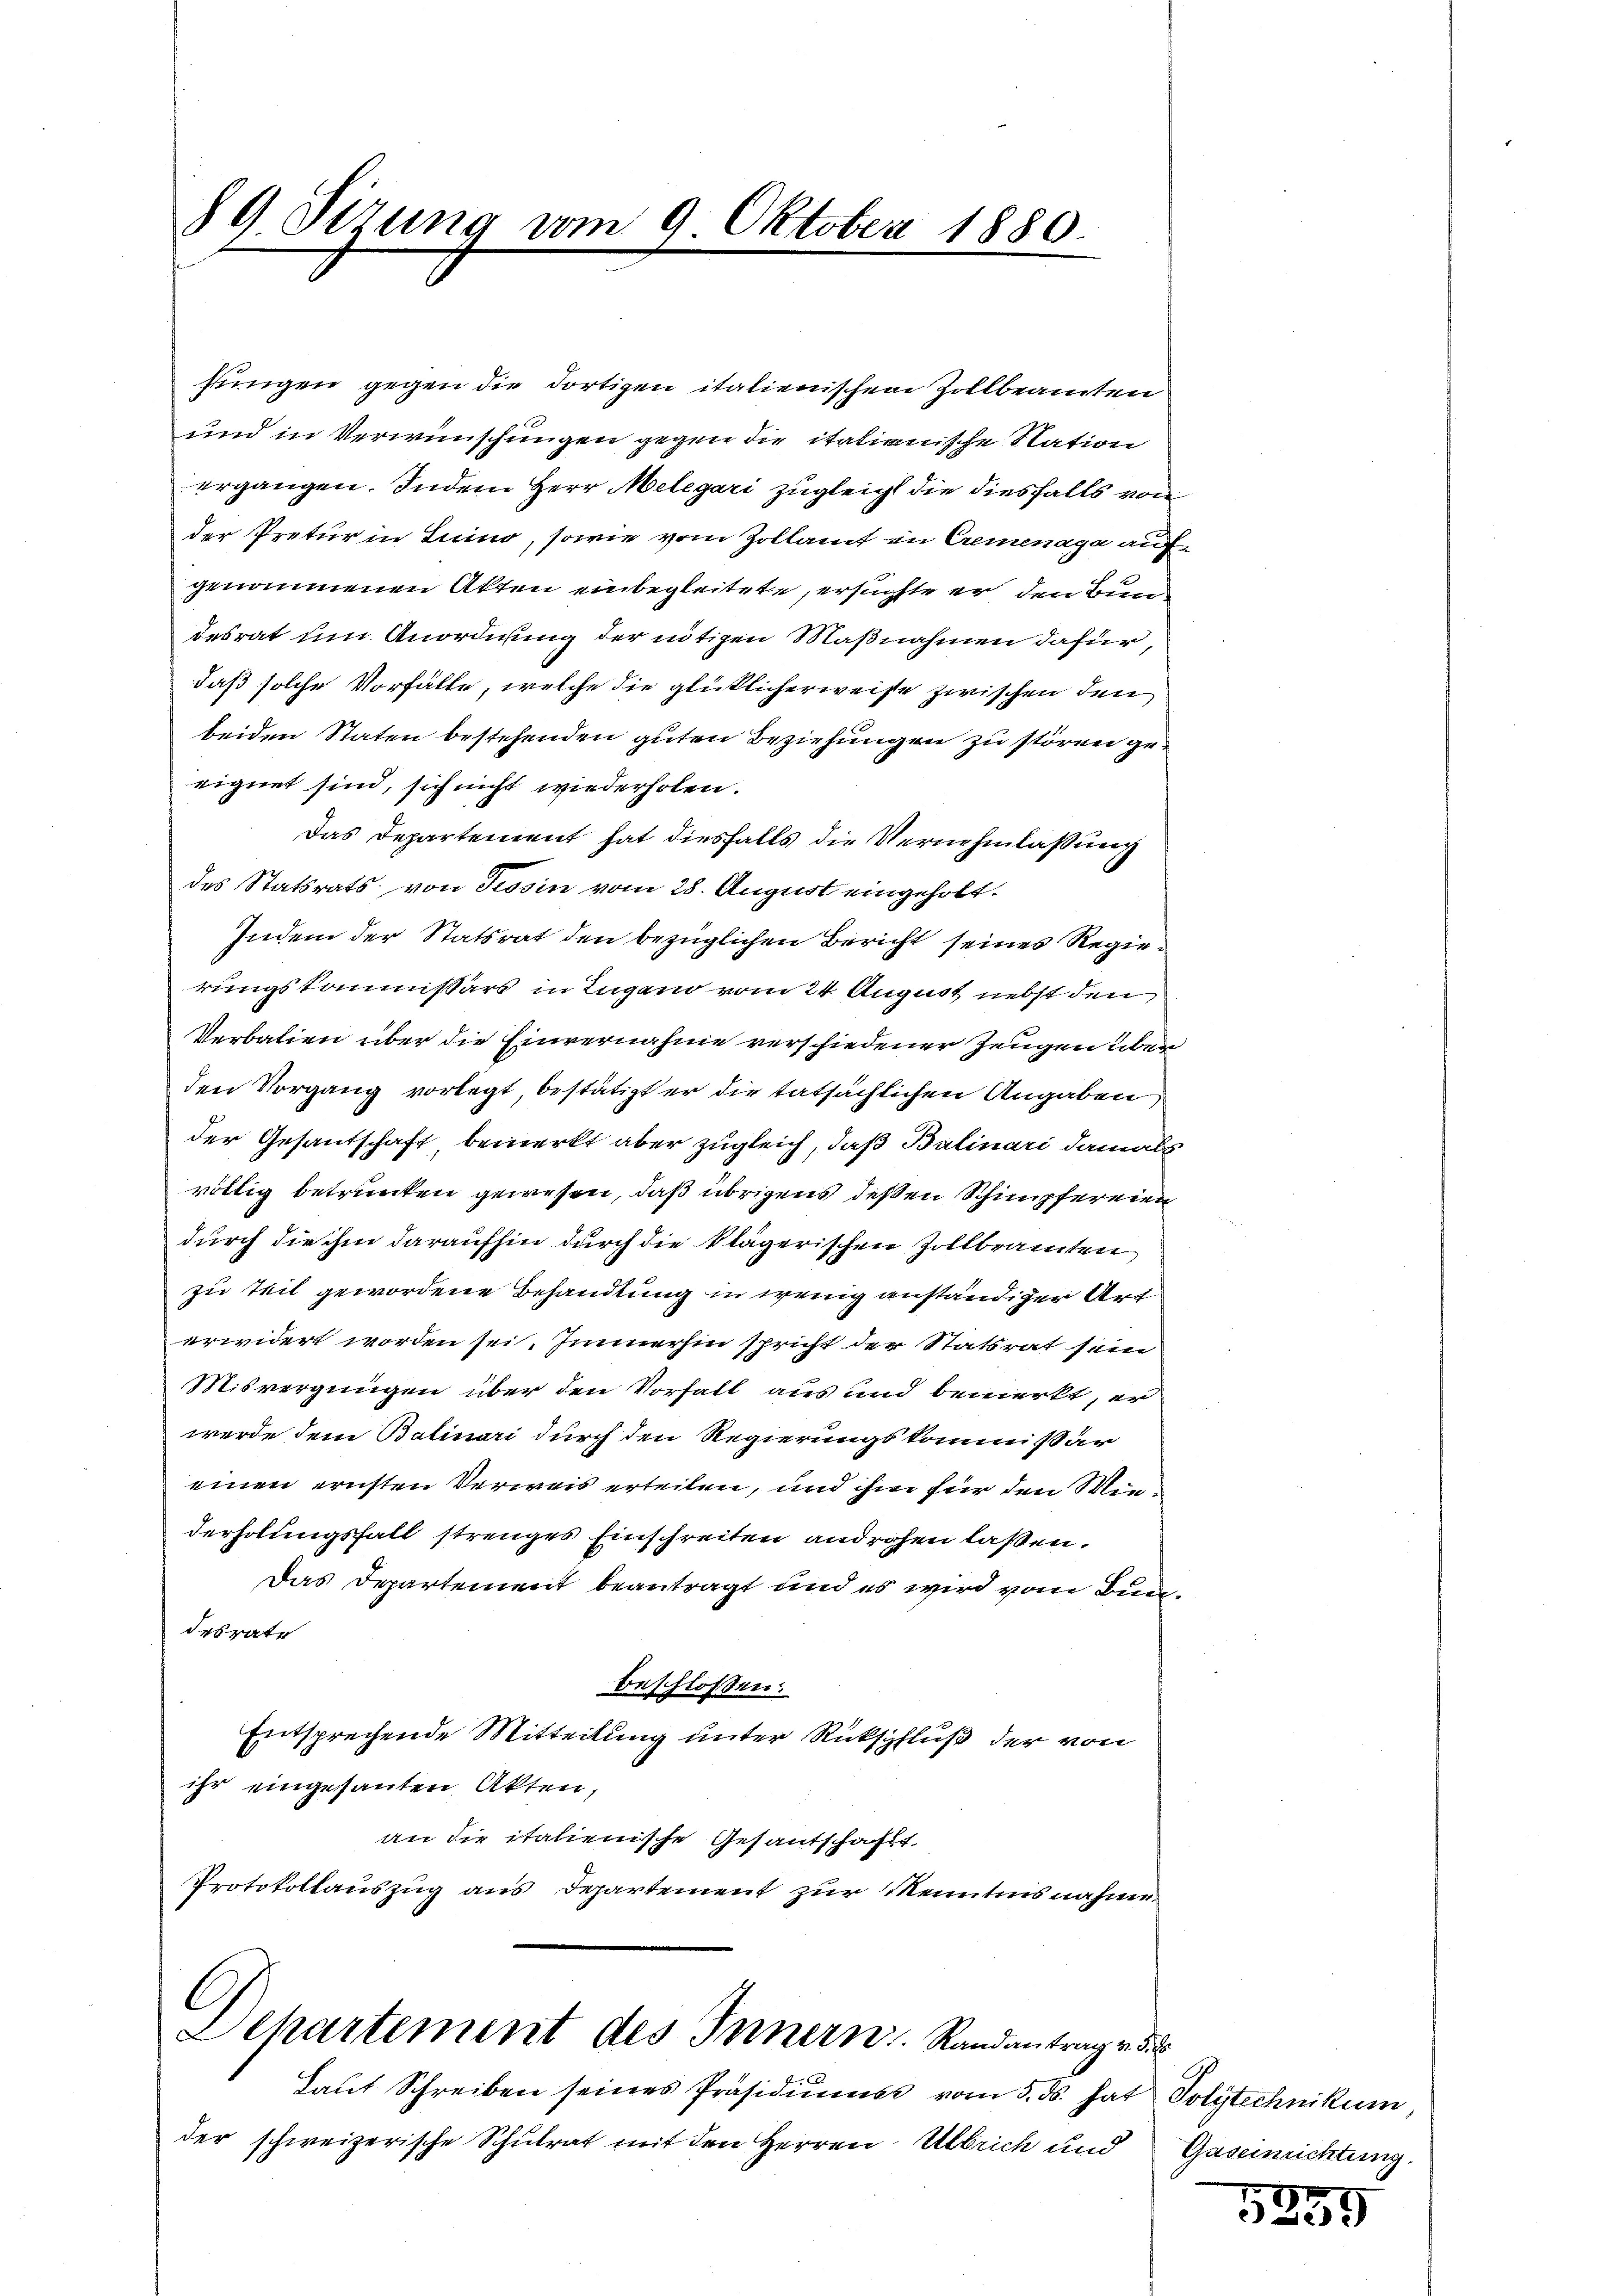
89. Sirung vom 9. Oktober 1880.

jungen gegen die dortigen italienischen Zollbeamten
uind in Verwünschungen gegen die italienische Nation
ergangen. Indem Herr Melegari zugleicht die diesfalls von
der Pretur in Luino, sowie vom Zollamt in Cremenaga auf
genommenen Akten einbegleitete, ersuchte er den Bun
desrat um Anordnung der nötigen Maßnahmen dafür,
daß solche Vorfälle, welche die glücklicherweise zwischen den
beiden Staten bestehenden guten Beziehungen zu stören geeignet sind, sich nicht wiederholen.
Das Departement hat diesfalls die Vernehmlassung
des Statsrats von Tessin vom 28. August eingeholt.
Indem der Statsrat den bezüglichen Bericht seines Regierungskommissärs in Lugand vom 24. August nebst den
Verbalien über die Einvernahme verschiedener Zeugen über
den Vorgang vorlegt, bestätigt er die tatsächlichen Angaben
der Gesandschaft, bemerkt aber zugleich, daß Balinari damals
völtig betrunken gewesen, daß übrigens dessen Schimpfereien
durch diehen daraufhin durch die klägerischen Zollbrannten
zu teil gewordene Behandlung in wenig anständiger Art
erwidert worden sei. Immerhin spricht der Statsrat sein
Misvergnügen über den Vorfall aus und bemerkt, er
werde dem Balinari durch den Regierungskommissär
einen ernsten Verweis erteilen, und ihm für den Wiederholungsfall strenges Einschreiten androhen laßen.
Das Departement beantragt und es wird vom Bundesrate
beschlossen:
Entsprechende Mitteilung unter Rückschluß der von
ihr eingesanten Akten,
an die italienische Gesantschaft
Protokollauszug aus Departement zur Kenntnis nahme.

Laŭt Schreiben seines Präsidiŭms vom 5. ds. hat Polytechnikum
der schweizerische Schulrat mit den Herren Uebrich und Gasenrichtung.

C
Dehartement des Innern. Randantrag v. d.

5259